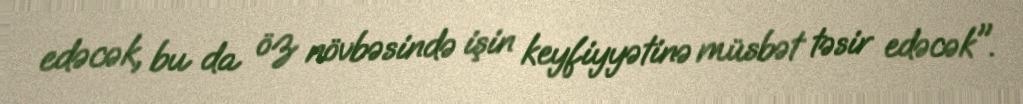
edəcək, bu da öz növbəsində işin keyfiyyətinə müsbət təsir edəcək".